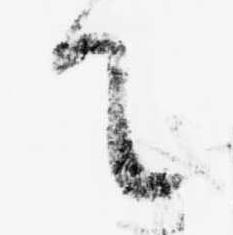
て